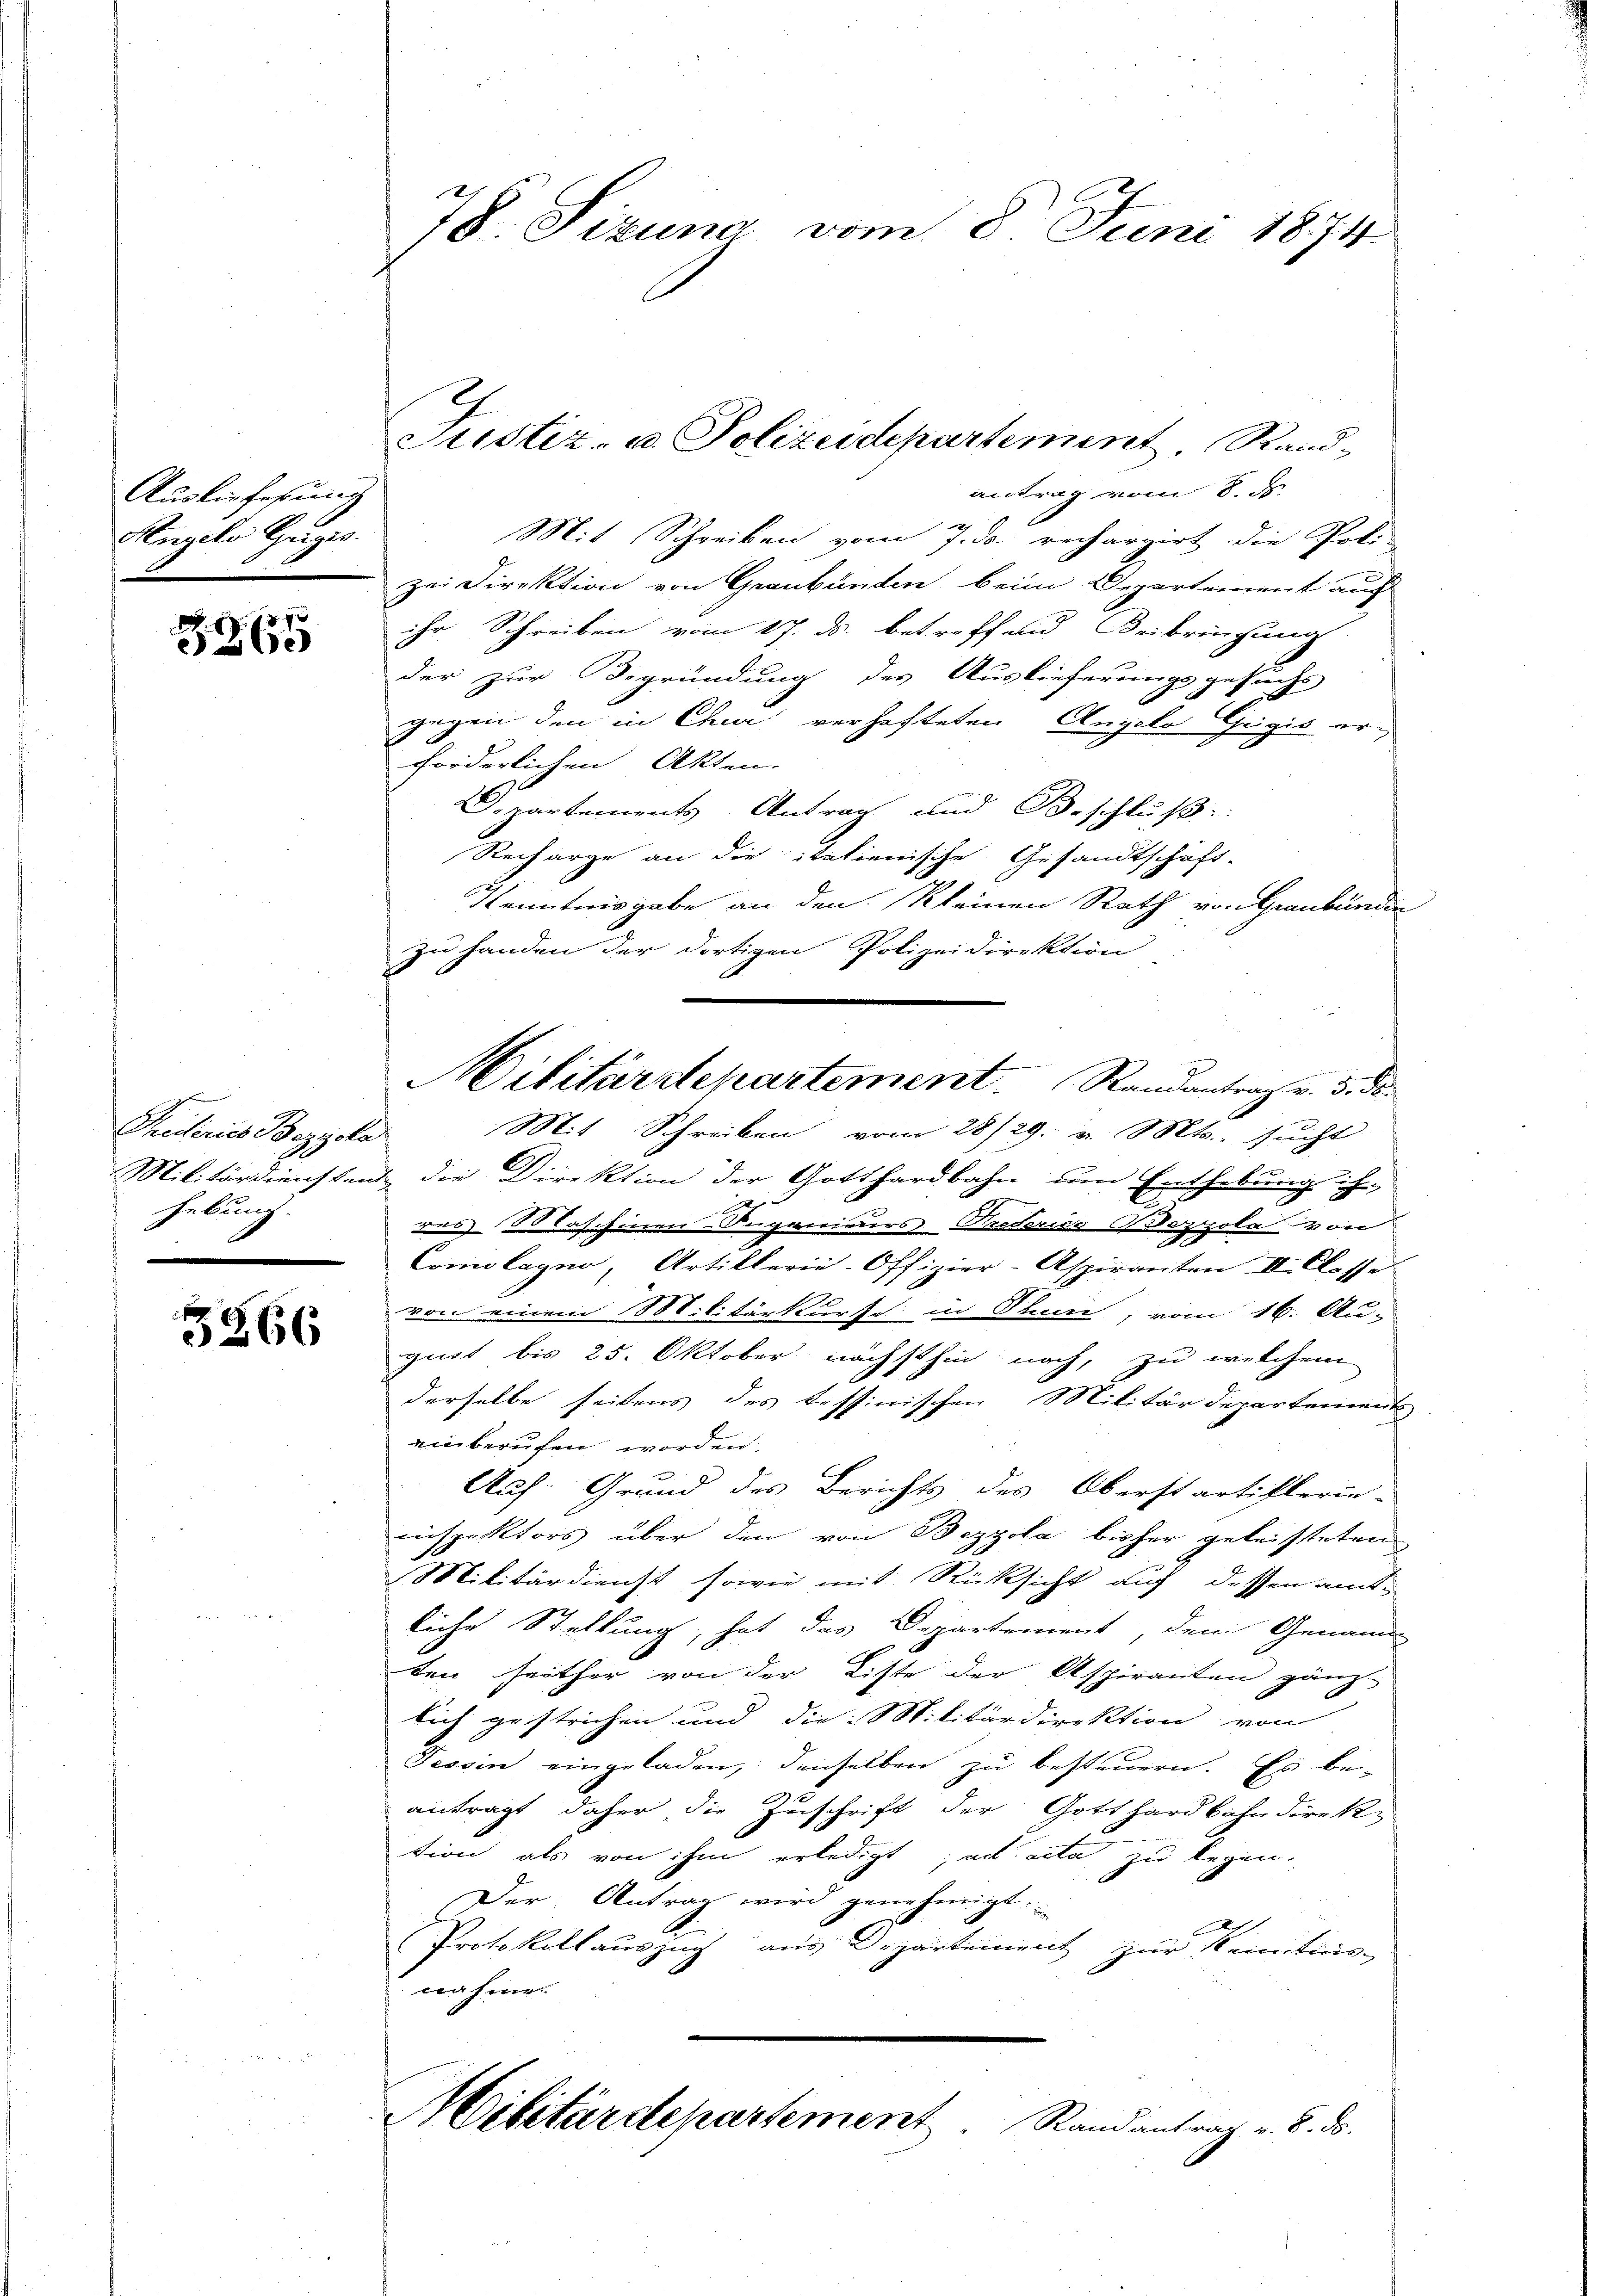
Auslieferung
Angelo Gugis.

z
2260

Pretiries Begyele
Militärdiensten
hebung.
.

3266

78. Sizung vom 8. Juni 1874.

Justiz- u. Polizeidepartement. Rand,

antrag vom 8. ds.
Mit Schreiben vom 7. ds. rechargirt die Poli-
zei Direktion von Graubünden, beim Departement auch
ihr Schreiben vom 17. ds. betreffend Beibringung
der zur Begründung des Auslieferungsgesuchs
gegen den in Chur verhafteten Angelo Geigis erforderlichen Akten.
Departements Antrag und Beschluß
Recharge an die italienische Gesandtschaft-
Kenntnisgabe an den Kleinen Rath von Graubünden
zu handen der dortigen Polizeidirektion
Mit Schreiben vom 28/29. v. Mts. sucht
die Direktion der Gotthardbahn um Enthebung ihr,
res Maschinen-SugenieursPreteries Bozpola von
Comolagio, Artillerie-Offizier-Aspiranten II. Classe
von einem Militärkurse in Stum, vom 16. Au-
gust bis 25. Oktober nächsthin noch, zu welchem
derselbe seitens des tessinischen Militärdepartement
einberufen worden.
Auf Grund des Berichts des Oberstartiflerin-
ninspektors über den von Bezzola bisher geleisteten
Militärdienst sowie mit Rücksicht auf dessen amtliche Stellung, hat das Departement, dem Genann
ten seither von der Liste der Aspiranten gänz
lich gestrichen und die Militärdirektion von
Tessin eingeladen, denselben zu besteuern. Es be-
anträgt daher die Zuschrift der Gotthardbahndirektion als von ihm erledigt, ad acta zu legen.
Der: Antrag wird genehmigt.
Protokollauszug aus Departement zur Kenntnis-
nahme.
Militärdepartement Randantrag v. 8. ds.

Militärstepartement. Randantrag v. 5. ds.